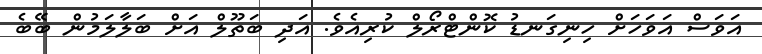
އަވަސް އަވަހަށް ހިނިގަނޑު ކޮންޓްރޯލް ކުރިއެވެ. އަދި ބަތޫލް އަށް ބަލާލަމުން ބޭބެ